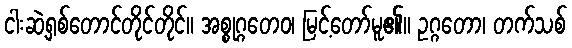
ငါးဆဲ့ရှစ်တောင်တိုင်တိုင်။ အစ္စုဂ္ဂတေဝ၊ မြင့်တော်မူ၏။ ဥဂ္ဂတော၊ တက်သစ်